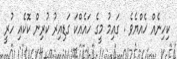
ކިހިނެއް ހެއްޔެވެ . ގައިމު މީގެ ހައެއްކަ ގަޑިއިރު ކުރިން ކޮކެއި ހުރީ